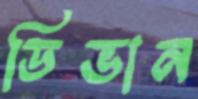
ডিভান